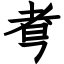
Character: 䎞